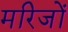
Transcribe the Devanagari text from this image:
मरिजों